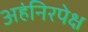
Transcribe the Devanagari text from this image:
अहंनिरपेक्ष